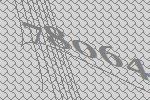
78064